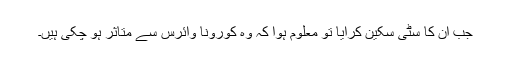
جب ان کا سٹی سکین کرایا تو معلوم ہوا کہ وہ کورونا وائرس سے متاثر ہو چکی ہیں۔